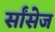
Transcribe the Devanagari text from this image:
र्सांसेज